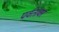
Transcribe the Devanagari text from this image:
पर्वतांवर